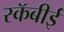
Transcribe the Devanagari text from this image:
स्कॅबीई